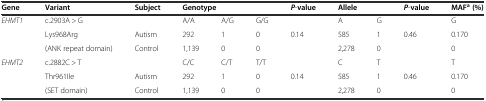
<table><thead><tr><td><b>Gene</b></td><td><b>Variant</b></td><td><b>Subject</b></td><td colspan="3"><b>Genotype</b></td><td><b><i>P</i>-value</b></td><td colspan="2"><b>Allele</b></td><td><b><i>P</i>-value</b></td><td><b>MAF<sup>a</sup>(%)</b></td></tr></thead><tbody><tr><td rowspan="3"><i>EHMT1</i></td><td>c.2903A &gt; G</td><td></td><td>A/A</td><td>A/G</td><td>G/G</td><td></td><td>A</td><td>G</td><td></td><td>G</td></tr><tr><td>Lys968Arg</td><td>Autism</td><td>292</td><td>1</td><td>0</td><td>0.14</td><td>585</td><td>1</td><td>0.46</td><td>0.170</td></tr><tr><td>(ANK repeat domain)</td><td>Control</td><td>1,139</td><td>0</td><td>0</td><td></td><td>2,278</td><td>0</td><td></td><td>0</td></tr><tr><td rowspan="2"><i>EHMT2</i></td><td>c.2882C &gt; T</td><td></td><td>C/C</td><td>C/T</td><td>T/T</td><td></td><td>C</td><td>T</td><td></td><td>T</td></tr><tr><td>Thr961Ile</td><td>Autism</td><td>292</td><td>1</td><td>0</td><td>0.14</td><td>585</td><td>1</td><td>0.46</td><td>0.170</td></tr><tr><td></td><td>(SET domain)</td><td>Control</td><td>1,139</td><td>0</td><td>0</td><td></td><td>2,278</td><td>0</td><td></td><td>0</td></tr></tbody></table>